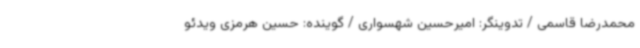
محمدرضا قاسمی / تدوینگر:‌ امیرحسین شهسواری / گوینده: حسین هرمزی ویدئو